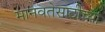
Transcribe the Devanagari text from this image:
मानवतेसाठीच्या